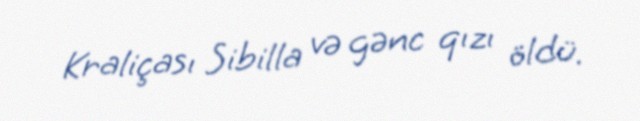
Kraliçası Sibilla və gənc qızı öldü.